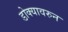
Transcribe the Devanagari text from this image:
डोक्यावरुन